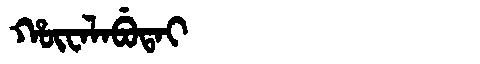
Manchu: ᡥᡡᠸᠠᠯᠠᠪᡠᡨᠠᡳ
Romanization: HŪWALABUTAI